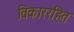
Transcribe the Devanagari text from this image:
विकाररहित